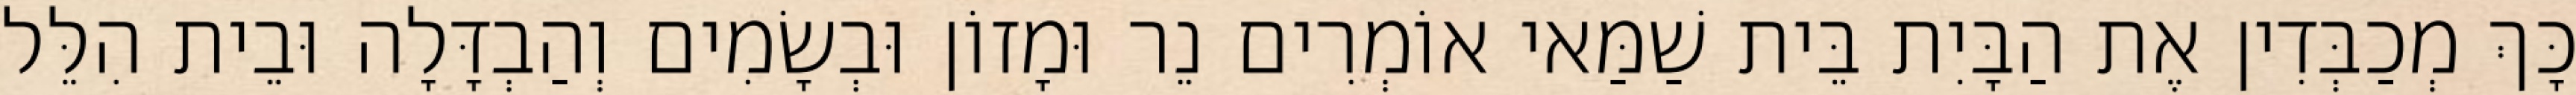
כָּךְ מְכַבְּדִין אֶת הַבָּיִת בֵּית שַׁמַּאי אוֹמְרִים נֵר וּמָזוֹן וּבְשָׂמִים וְהַבְדָּלָה וּבֵית הִלֵּל